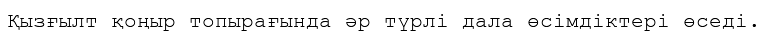
Қызғылт қоңыр топырағында әр түрлі дала өсімдіктері өседі.